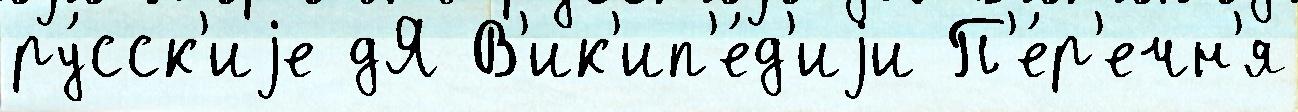
ру́сск'иjе дЯ В'ик'ип'е́д'иjи П'е́р'ечн'я